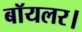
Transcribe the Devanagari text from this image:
बॉयलर।